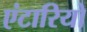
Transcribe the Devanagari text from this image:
एंटारियो